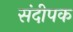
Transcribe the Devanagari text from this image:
संदीपक